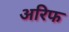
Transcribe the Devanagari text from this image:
अरिफ